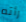
رأته